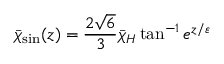
\bar { \chi } _ { \mathrm { s i n } } ( z ) = \frac { 2 \sqrt 6 } { 3 } \bar { \chi } _ { H } \tan ^ { - 1 } e ^ { z / \varepsilon }